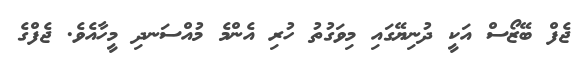
ޖެފް ބޭޒޯސް އަކީ ދުނިޔޭގައި މިވަގުތު ހުރި އެންމެ މުއްސަނދި މީހާއެވެ. ޖެފްގެ